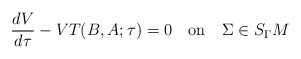
\begin{align*}\frac{dV}{d\tau}-VT(B,A;\tau)=0 \quad \mbox{on} \quad \Sigma \in S_{\Gamma}M \end{align*}